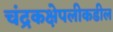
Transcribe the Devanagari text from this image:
चंद्रकक्षेपलीकडील